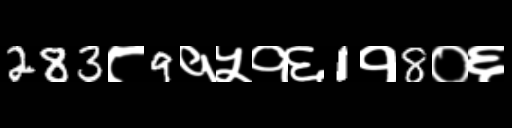
Text: 283८9१५१६1१8०६